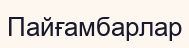
Пайғамбарлар